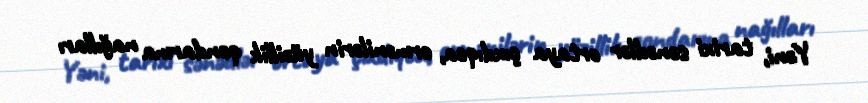
Yəni, tarixi sənədlər ortaya çıxdıqca, ermənilərin yüzillik qondarma nağılları